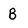
Character: B